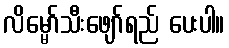
လိမ္မော်သီးဖျော်ရည် ပေးပါ။